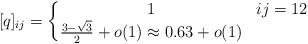
LaTeX: \begin{align*} [q]_{ij} = \left\{ \begin{matrix} 1 & ij = 12 \\ \frac{3 - \sqrt{3}}{2} + o(1) \approx 0.63 + o(1) & \end{matrix} \right.\end{align*}